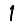
Digit: 1